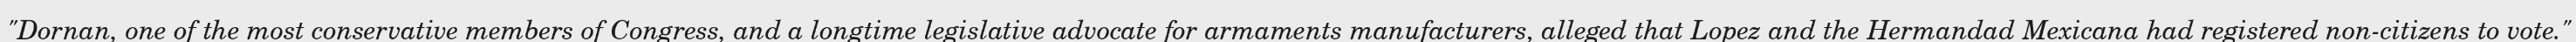
"Dornan, one of the most conservative members of Congress, and a longtime legislative advocate for armaments manufacturers, alleged that Lopez and the Hermandad Mexicana had registered non-citizens to vote."